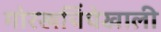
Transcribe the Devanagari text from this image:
गोरखचिंचेखाली